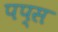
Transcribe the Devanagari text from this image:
पप्स